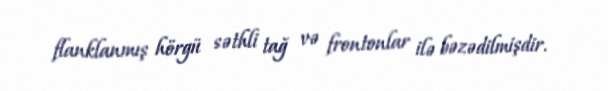
flanklanmış hörgü səthli tağ və frontonlar ilə bəzədilmişdir.